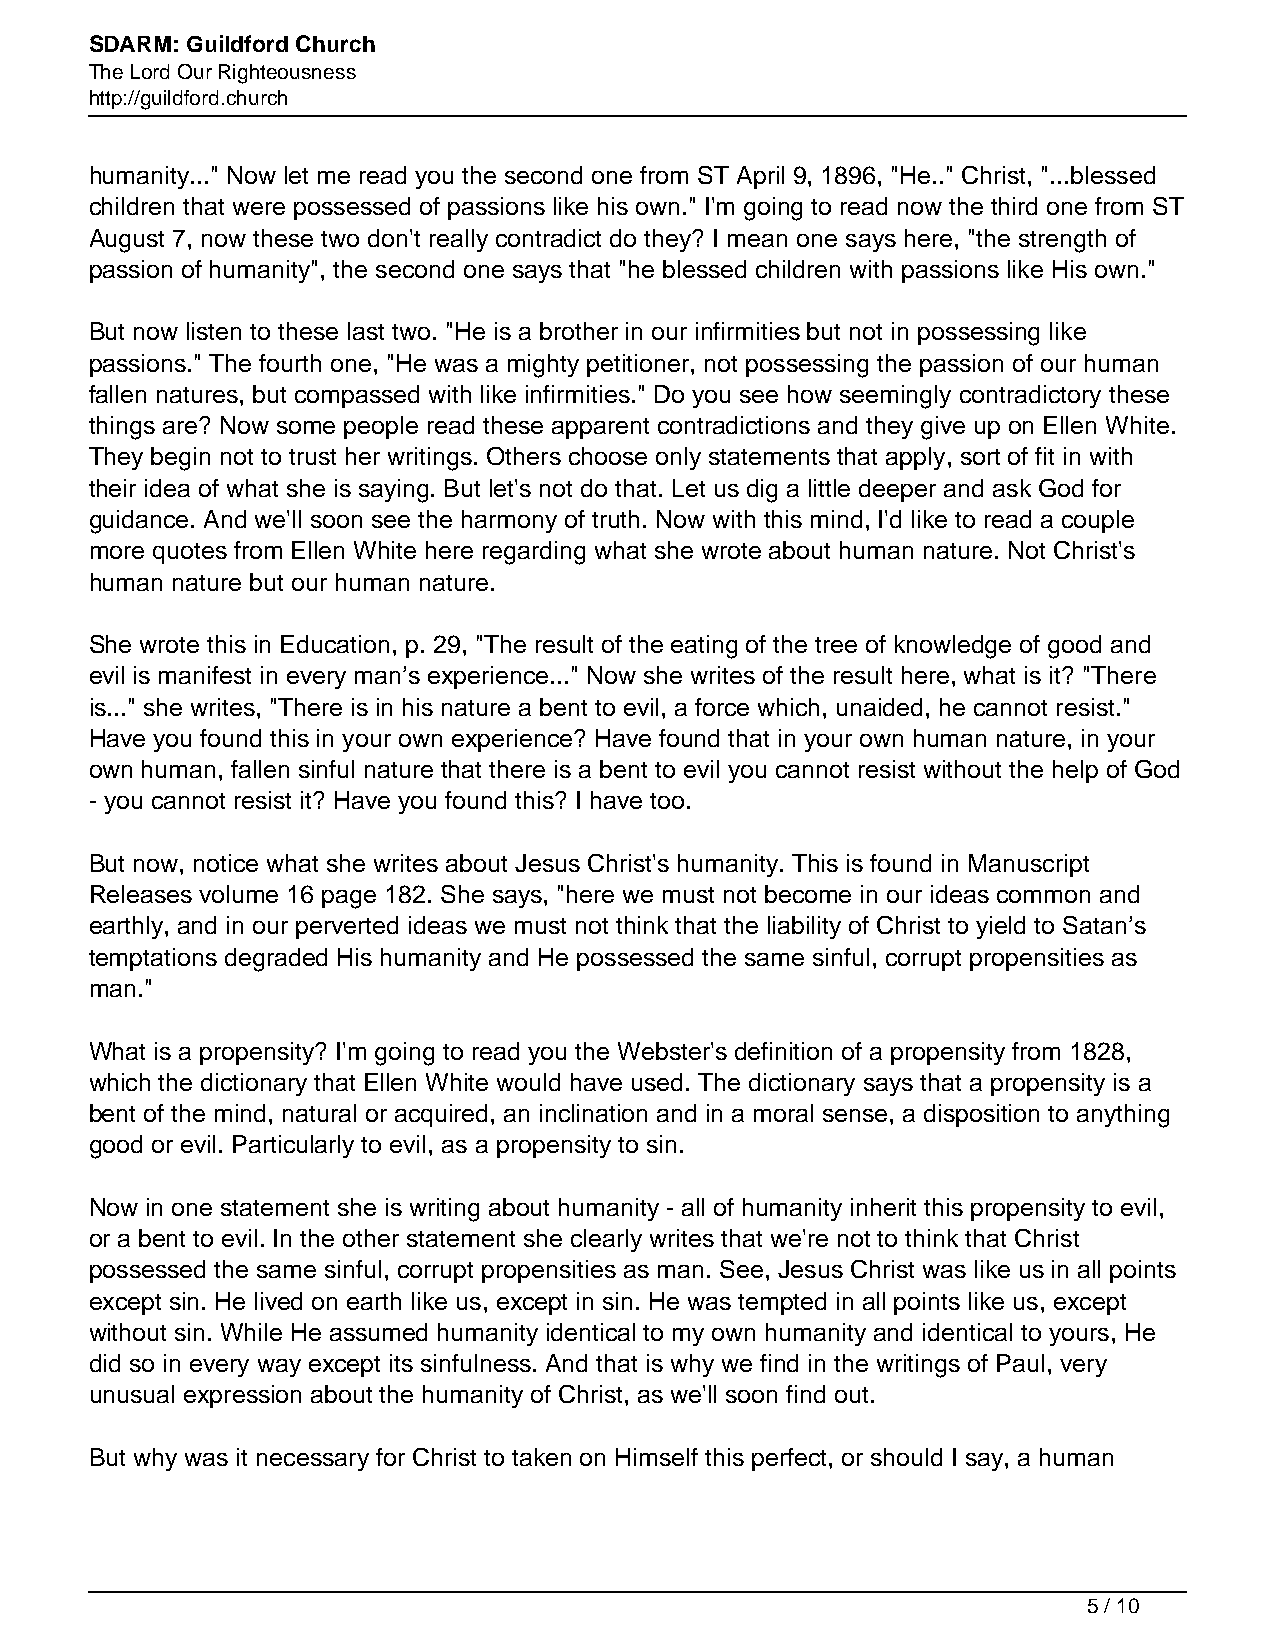
SDARM: Guildford Church
 The Lord Our Righteousness
 http://guildford.church
 humanity..." Now let me read you the second one from ST April 9, 1896, "He.." Christ, "...blessed
 children that were possessed of passions like his own." I'm going to read now the third one from ST
 August 7, now these two don't really contradict do they? I mean one says here, "the strength of
 passion of humanity", the second one says that "he blessed children with passions like His own."
 But now listen to these last two. "He is a brother in our infirmities but not in possessing like
 passions." The fourth one, "He was a mighty petitioner, not possessing the passion of our human
 fallen natures, but compassed with like infirmities." Do you see how seemingly contradictory these
 things are? Now some people read these apparent contradictions and they give up on Ellen White.
 They begin not to trust her writings. Others choose only statements that apply, sort of fit in with
 their idea of what she is saying. But let's not do that. Let us dig a little deeper and ask God for
 guidance. And we'll soon see the harmony of truth. Now with this mind, I'd like to read a couple
 more quotes from Ellen White here regarding what she wrote about human nature. Not Christ's
 human nature but our human nature.
 She wrote this in Education, p. 29, "The result of the eating of the tree of knowledge of good and
 evil is manifest in every man’s experience..." Now she writes of the result here, what is it? "There
 is..." she writes, "There is in his nature a bent to evil, a force which, unaided, he cannot resist."
 Have you found this in your own experience? Have found that in your own human nature, in your
 own human, fallen sinful nature that there is a bent to evil you cannot resist without the help of God
 - you cannot resist it? Have you found this? I have too.
 But now, notice what she writes about Jesus Christ's humanity. This is found in Manuscript
 Releases volume 16 page 182. She says, "here we must not become in our ideas common and
 earthly, and in our perverted ideas we must not think that the liability of Christ to yield to Satan’s
 temptations degraded His humanity and He possessed the same sinful, corrupt propensities as
 man."
 What is a propensity? I'm going to read you the Webster's definition of a propensity from 1828,
 which the dictionary that Ellen White would have used. The dictionary says that a propensity is a
 bent of the mind, natural or acquired, an inclination and in a moral sense, a disposition to anything
 good or evil. Particularly to evil, as a propensity to sin.
 Now in one statement she is writing about humanity - all of humanity inherit this propensity to evil,
 or a bent to evil. In the other statement she clearly writes that we're not to think that Christ
 possessed the same sinful, corrupt propensities as man. See, Jesus Christ was like us in all points
 except sin. He lived on earth like us, except in sin. He was tempted in all points like us, except
 without sin. While He assumed humanity identical to my own humanity and identical to yours, He
 did so in every way except its sinfulness. And that is why we find in the writings of Paul, very
 unusual expression about the humanity of Christ, as we'll soon find out.
 But why was it necessary for Christ to taken on Himself this perfect, or should I say, a human
 5 / 10